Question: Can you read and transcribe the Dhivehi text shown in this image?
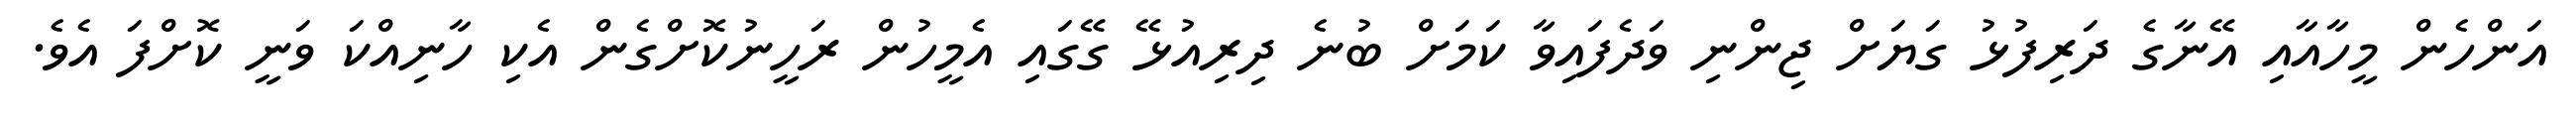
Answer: އަންހެން މީހާއާއި އޭނާގެ ދަރިފުޅު ގަޔަށް ޖިންނި ވަދެފައިވާ ކަމަށް ބުނެ ދިރިއުޅޭ ގޭގައި އެމީހުން ރަހީނުކޮށްގެން އެކި ހާނިއްކަ ވަނީ ކޮށްފަ އެވެ.